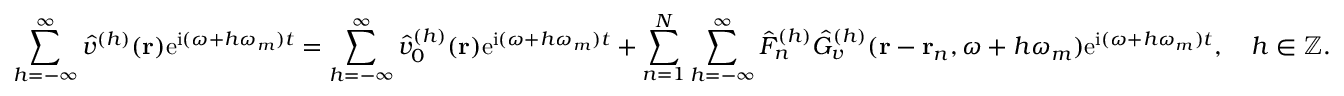
\sum _ { h = - \infty } ^ { \infty } \hat { v } ^ { ( h ) } ( \mathbf { r } ) \mathrm { e } ^ { \mathrm { i } ( \omega + h \omega _ { m } ) t } = \sum _ { h = - \infty } ^ { \infty } \hat { v } _ { 0 } ^ { ( h ) } ( \mathbf { r } ) \mathrm { e } ^ { \mathrm { i } ( \omega + h \omega _ { m } ) t } + \sum _ { n = 1 } ^ { N } \sum _ { h = - \infty } ^ { \infty } \hat { F } _ { n } ^ { ( h ) } \hat { G } _ { v } ^ { ( h ) } ( \mathbf { r } - \mathbf { r } _ { n } , \omega + h \omega _ { m } ) \mathrm { e } ^ { \mathrm { i } ( \omega + h \omega _ { m } ) t } , \quad h \in \mathbb { Z } .